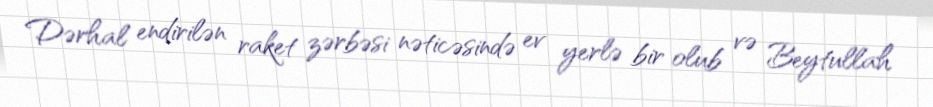
Dərhal endirilən raket zərbəsi nəticəsində ev yerlə bir olub və Beytullah